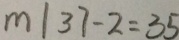
m \vert 3 7 - 2 = 3 5